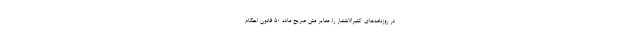
در روزنامه‌های كثيرالانتشار را، مغایر متن صریح ماده ۵۰ قانون احکام